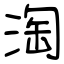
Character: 淘